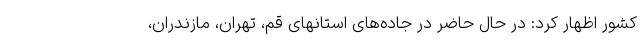
کشور اظهار کرد: در حال حاضر در جاده‌های استانهای قم، تهران، مازندران،